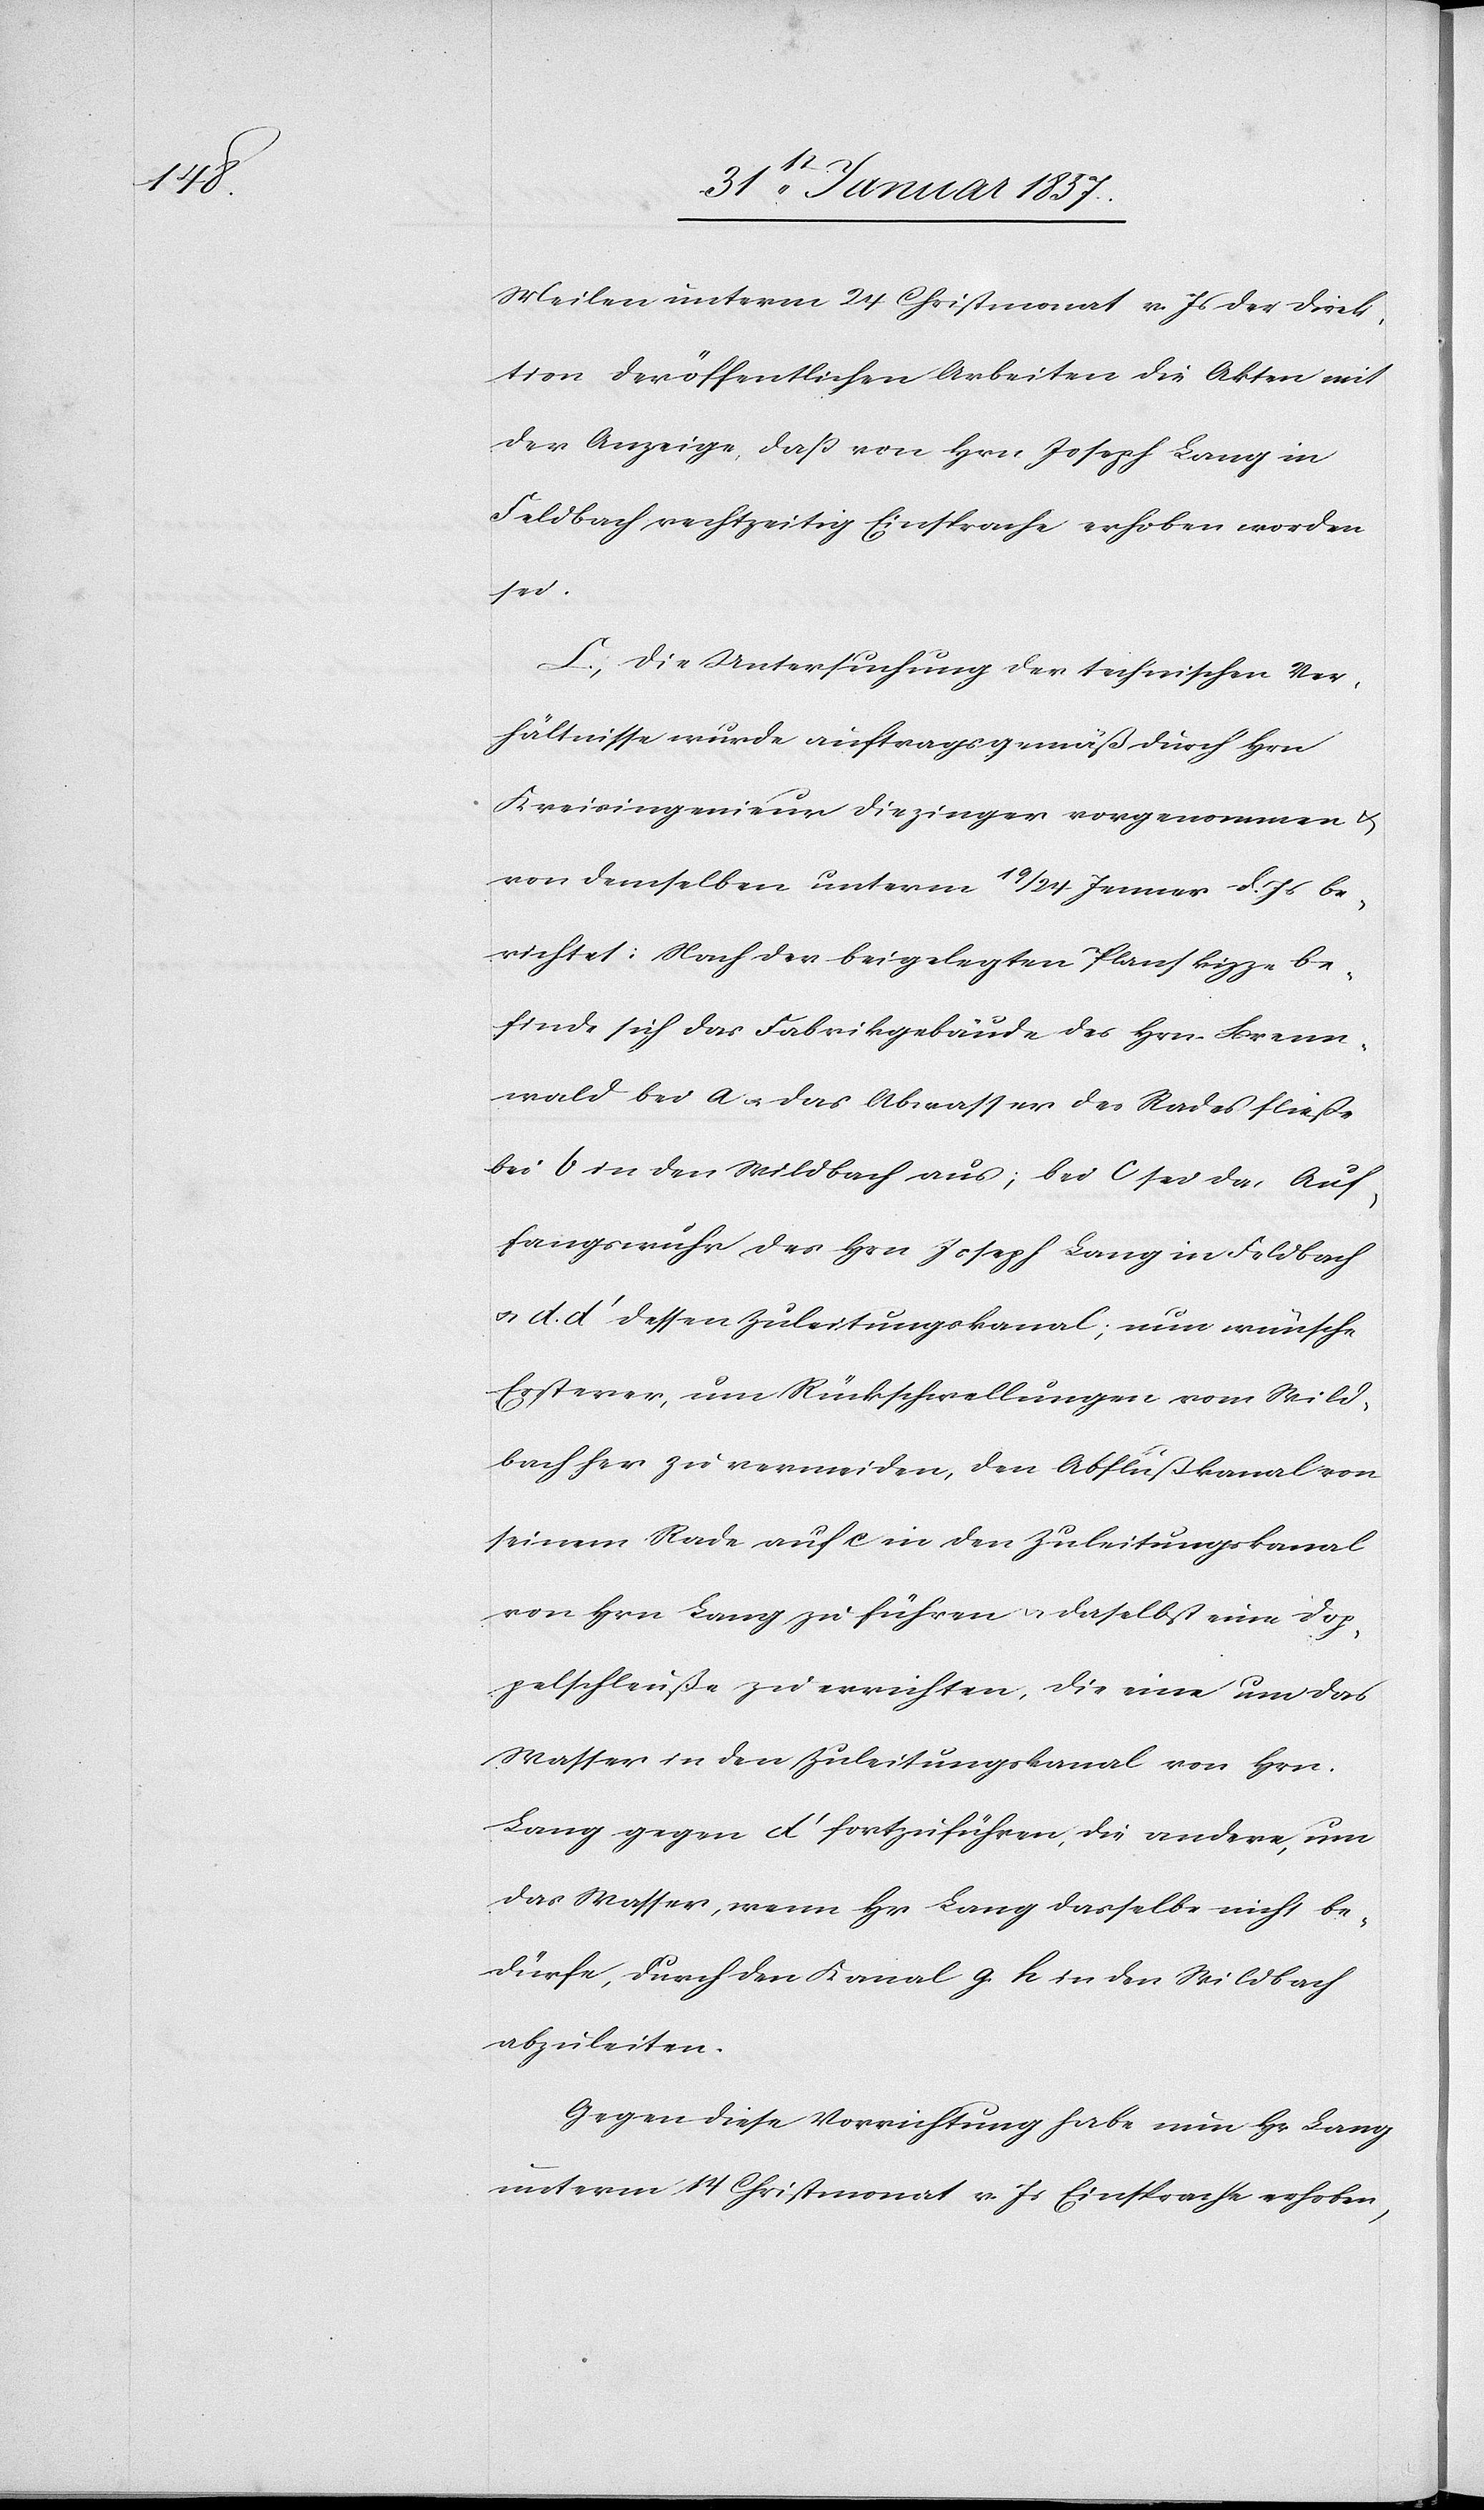
Meilen unterm 24 Christmonat v. Js der Direk¬
tion der öffentlichen Arbeiten die Akten mit
der Anzeige, daß von Hrn Joseph Lang in
Feldbach rechtzeitig Einsprache erhoben worden
sei.
C. Die Untersuchung der technischen Ver¬
hältnisse wurde auftragsgemäß durch Hrn
Kreisingenieur Diezinger vorgenommen &
von demselben unterm 19/24 Jenner d. Js be¬
richtet: Nach der beigelegten Planskizze be¬
finde sich das Fabrikgebäude des Hrn. Brenn¬
wald bei a & das Abwasser des Rades fließe
bei b in den Wildbach aus; bei c sei das Auf¬
fangswuhr des Hrn Joseph Lang in Feldbach
& d. d‘ dessen Zuleitungskanal; nun wünsche
Ersterer, um Rückschwellungen vom Wild¬
bach her zu vermeiden, den Abflußkanal von
seinem Rade auf c in den Zuleitungskanal
von Hrn Lang zu führen u. daselbst eine Dop¬
pelschleuße zu errichten, die eine um das
Wasser in den Zuleitungskanal von Hrn.
Lang gegen d‘ fortzuführen, die andere, um
das Wasser, wenn Hr lang dasselbe nicht be¬
dürfe durch den Kanal g. h in den Wildbach
abzuleiten.
Gegen diese Vorrichtung habe nun Hr Lang
unterm 14 Christmonat v. Js. Einsprache erhoben,